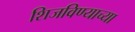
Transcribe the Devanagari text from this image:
शिजविण्याच्या